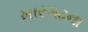
ખારગઢના